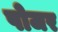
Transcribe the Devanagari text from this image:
पोजर